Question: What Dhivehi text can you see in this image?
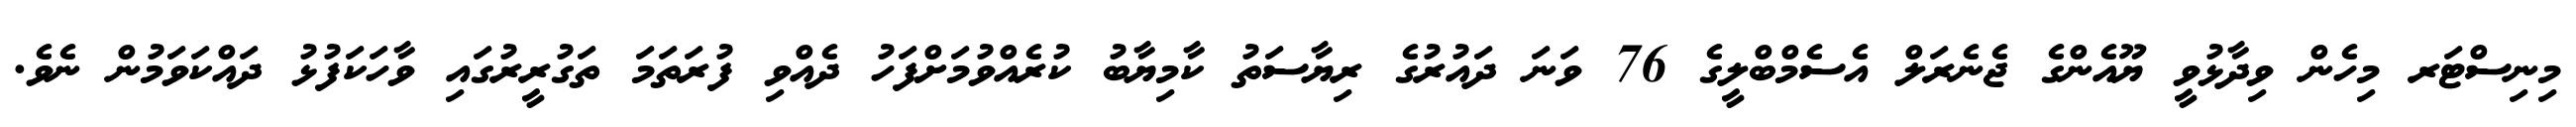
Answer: މިނިސްޓަރ މިހެން ވިދާޅުވީ ޔޫއެންގެ ޖެނެރަލް އެސެމްބްލީގެ 76 ވަނަ ދައުރުގެ ރިޔާސަތު ކާމިޔާބު ކުރެއްވުމަށްފަހު ދެއްވި ފުރަތަމަ ތަގުރީރުގައި ވާހަކަފުޅު ދައްކަވަމުން ނެވެ.